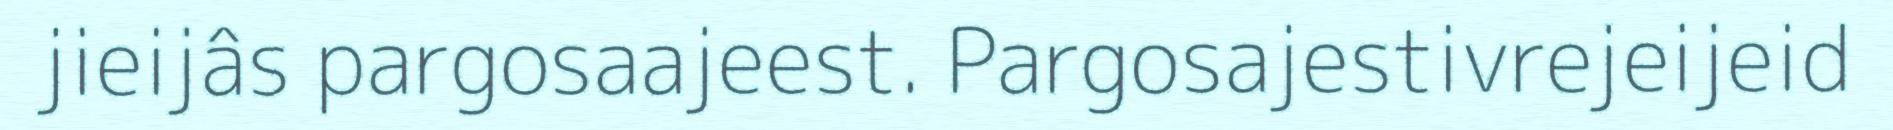
jieijâs pargosaajeest. Pargosajestivrejeijeid